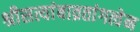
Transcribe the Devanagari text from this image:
श्रीसत्यांबाव्रतांगत्वेन